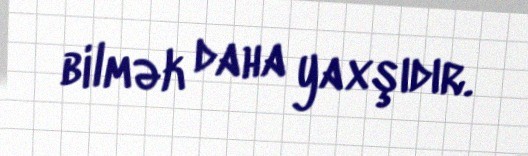
bilmək daha yaxşıdır.